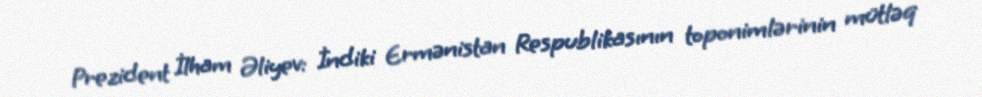
Prezident İlham Əliyev: İndiki Ermənistan Respublikasının toponimlərinin mütləq